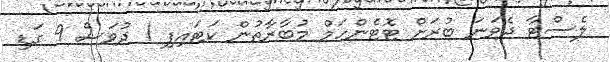
ލެސްޓާ ދެވަނަ ބުރަށް ޓޮޓެންހަމް މުބާރާތުން ކަޓައިފި 1 ދުވަސް 9 ގަޑި